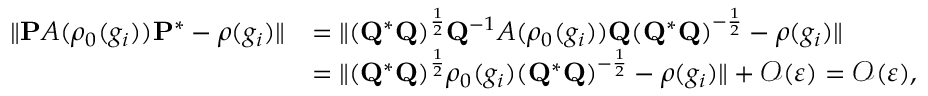
\begin{array} { r l } { \| \mathbf { P } A ( \rho _ { 0 } ( g _ { i } ) ) \mathbf { P } ^ { * } - \rho ( g _ { i } ) \| } & { = \| ( \mathbf { Q } ^ { * } \mathbf { Q } ) ^ { \frac { 1 } { 2 } } \mathbf { Q } ^ { - 1 } A ( \rho _ { 0 } ( g _ { i } ) ) \mathbf { Q } ( \mathbf { Q } ^ { * } \mathbf { Q } ) ^ { - \frac { 1 } { 2 } } - \rho ( g _ { i } ) \| } \\ & { = \| ( \mathbf { Q } ^ { * } \mathbf { Q } ) ^ { \frac { 1 } { 2 } } \rho _ { 0 } ( g _ { i } ) ( \mathbf { Q } ^ { * } \mathbf { Q } ) ^ { - \frac { 1 } { 2 } } - \rho ( g _ { i } ) \| + \mathcal { O } ( \varepsilon ) = \mathcal { O } ( \varepsilon ) , } \end{array}